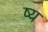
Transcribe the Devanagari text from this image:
ष्य